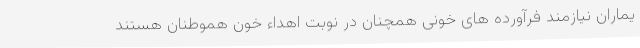
یماران نیازمند فرآورده های خونی همچنان در نوبت اهداء خون هموطنان هستند